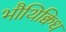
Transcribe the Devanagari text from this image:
भौथिक्विध